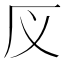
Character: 𰆕